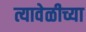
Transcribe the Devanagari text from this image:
त्यावेळीच्या